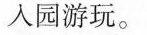
人园游玩。